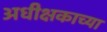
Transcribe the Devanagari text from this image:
अधीक्षकाच्या